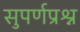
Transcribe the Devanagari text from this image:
सुपर्णप्रश्न